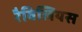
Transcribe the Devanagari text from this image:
रैविलियस